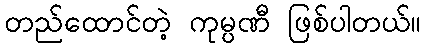
တည်ထောင်တဲ့ ကုမ္ပဏီ ဖြစ်ပါတယ်။